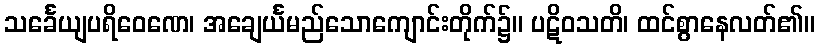
သင်္ခေယျပရိဝေဏေ၊ အချေင်္ယမည်သောကျောင်းတိုက်၌။ ပဋိဝသတိ၊ ထင်စွာနေလတ်၏။